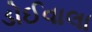
ડોઈવાલા